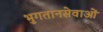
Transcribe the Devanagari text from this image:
भुगतानसेवाओं